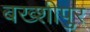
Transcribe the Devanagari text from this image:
बख्शीपुर